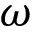
\omega